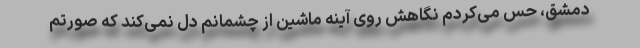
دمشق، حس می‌کردم نگاهش روی آینه ماشین از چشمانم دل نمی‌کَند که صورتم